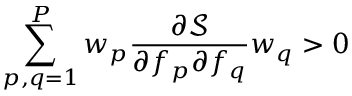
\sum _ { p , q = 1 } ^ { P } w _ { p } \frac { \partial \mathcal { S } } { \partial f _ { p } \partial f _ { q } } w _ { q } > 0